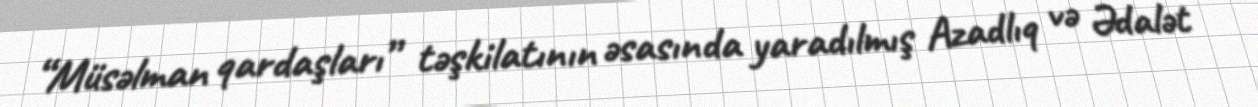
“Müsəlman qardaşları” təşkilatının əsasında yaradılmış Azadlıq və Ədalət